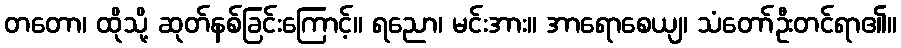
တတော၊ ထိုသို့ ဆုတ်နစ်ခြင်းကြောင့်။ ရညော၊ မင်းအား။ အာရောစေယျ၊ သံတော်ဦးတင်ရာ၏။